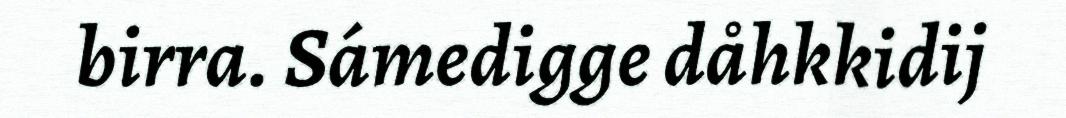
birra. Sámedigge dåhkkidij